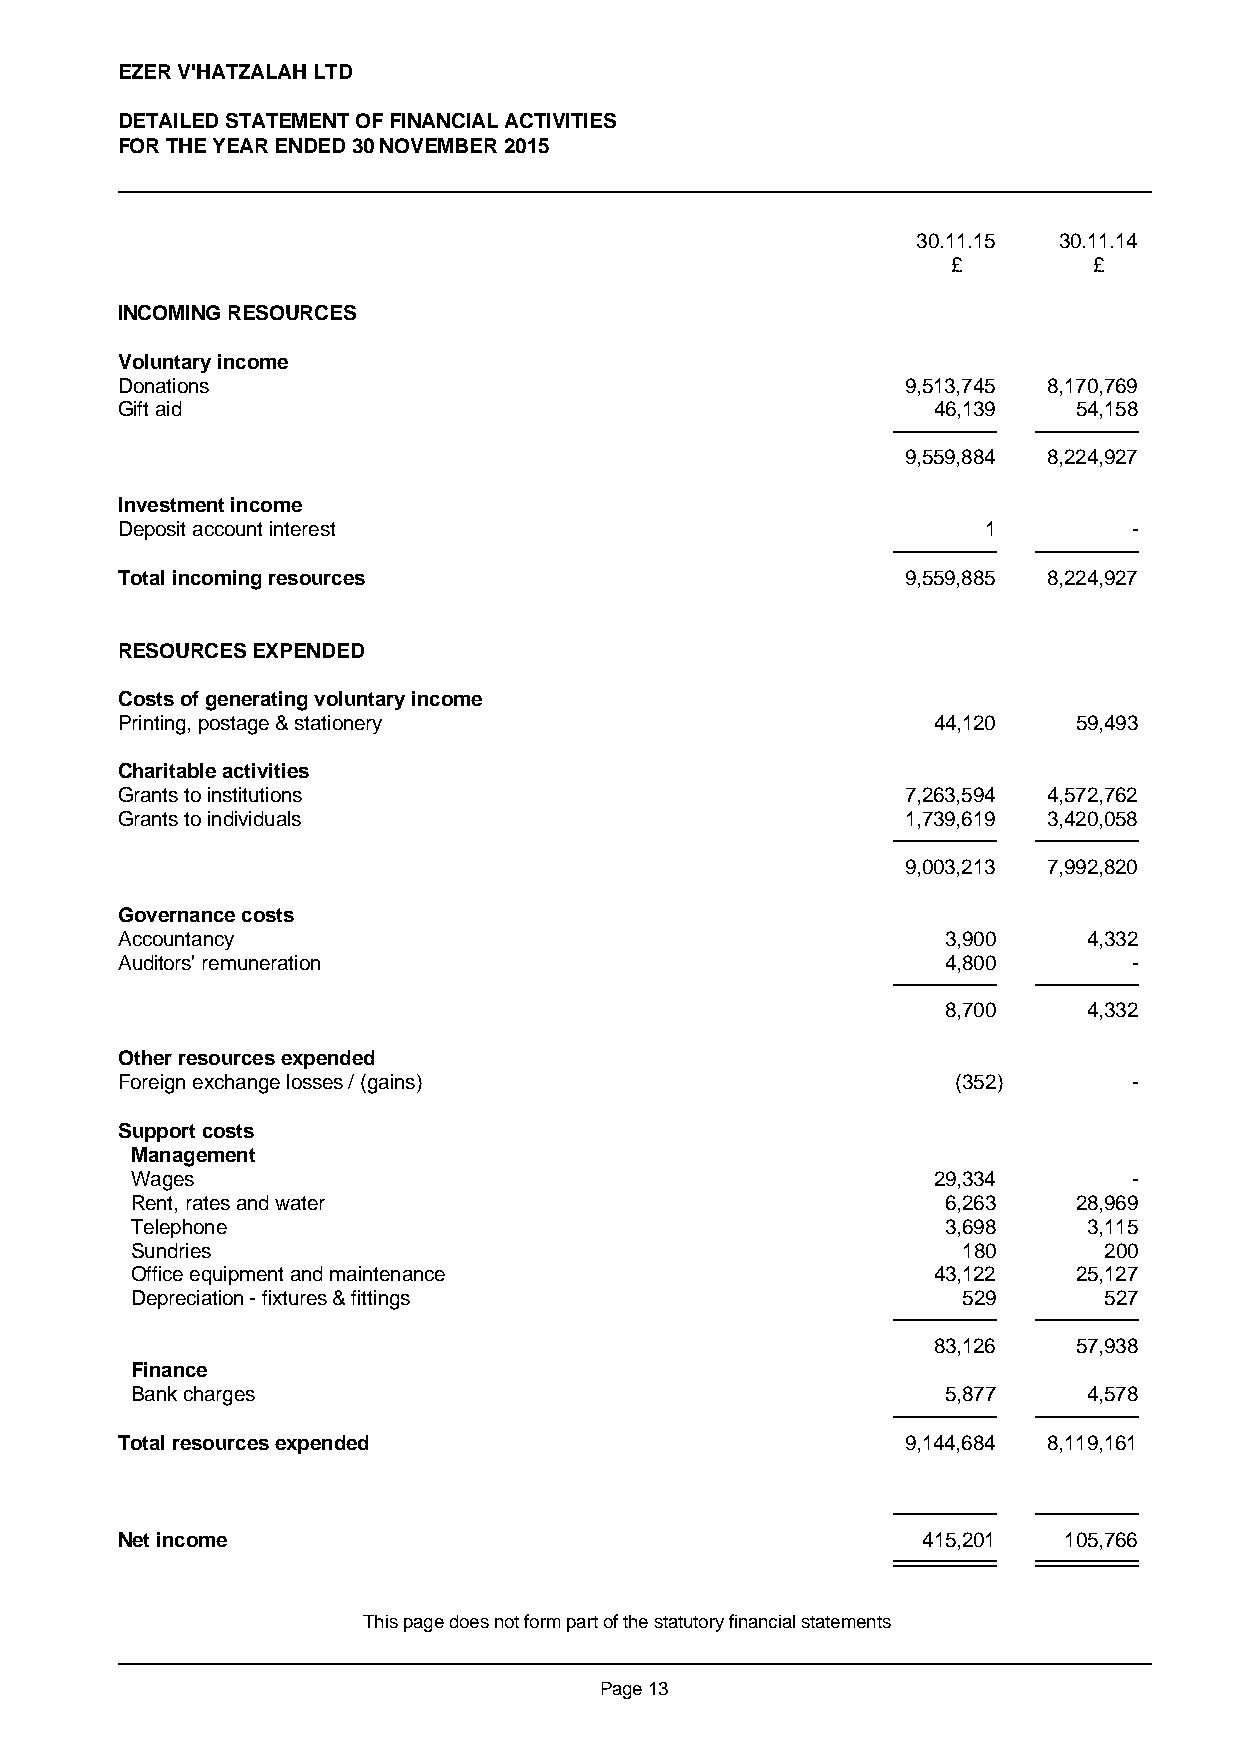
EZER V'HATZALAH LTD
 DETAILED STATEMENT OF FINANCIAL ACTIVITIES
 FOR THE YEAR ENDED 30 NOVEMBER 2015
 30.11.15 30.11.14
 £        £
 INCOMING RESOURCES
 Voluntary income
 Donations                                           9,513,745 8,170,769
 Gift aid                                              46,139   54,158
 9,559,884 8,224,927
 Investment income
 Deposit account interest                                 1         -
 Total incoming resources                            9,559,885 8,224,927
 RESOURCES EXPENDED
 Costs of generating voluntary income
 Printing, postage & stationery                        44,120   59,493
 Charitable activities
 Grants to institutions                              7,263,594 4,572,762
 Grants to individuals                               1,739,619 3,420,058
 9,003,213 7,992,820
 Governance costs
 Accountancy                                            3,900    4,332
 Auditors' remuneration                                 4,800       -
 8,700    4,332
 Other resources expended
 Foreign exchange losses / (gains)                      (352)       -
 Support costs
 Management
 Wages                                                29,334       -
 Rent, rates and water                                 6,263   28,969
 Telephone                                             3,698    3,115
 Sundries                                               180      200
 Office equipment and maintenance                     43,122   25,127
 Depreciation - fixtures & fittings                     529      527
 83,126   57,938
 Finance
 Bank charges                                          5,877    4,578
 Total resources expended                            9,144,684 8,119,161
 Net income                                           415,201  105,766
 This page does not form part of the statutory financial statements
 Page 13